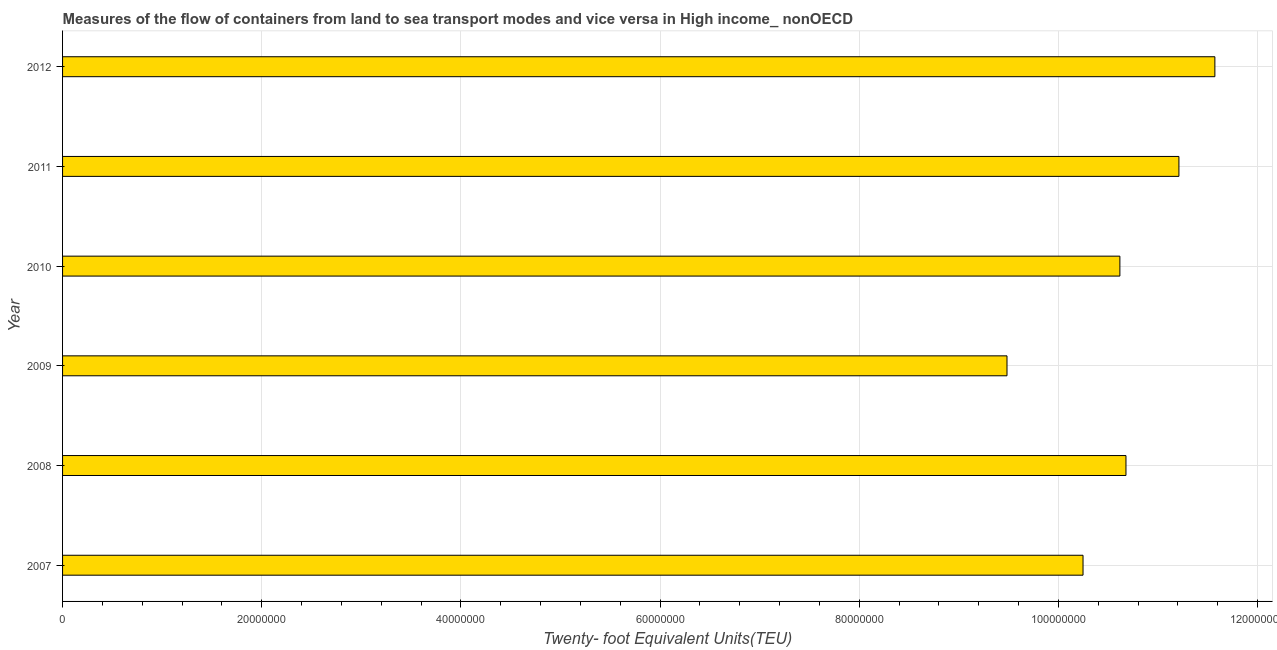
| Year | Container port traffic |
 | --- | --- |
 | 2007 | 1.02e+08 |
 | 2008 | 1.07e+08 |
 | 2009 | 9.48e+07 |
 | 2010 | 1.06e+08 |
 | 2011 | 1.12e+08 |
 | 2012 | 1.16e+08 |